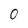
Character: 0